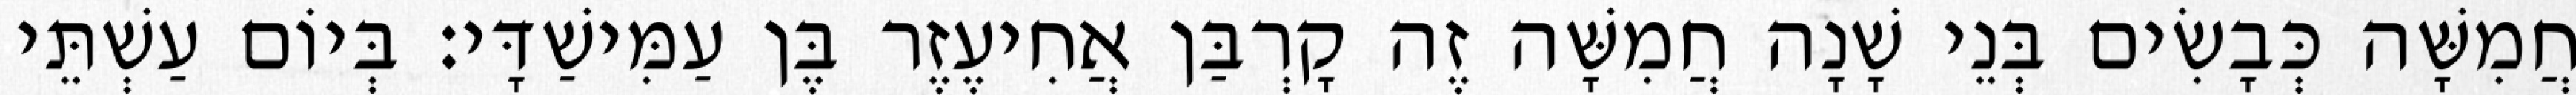
חֲמִשָּׁה כְּבָשִׂים בְּנֵי שָׁנָה חֲמִשָּׁה זֶה קָרְבַּן אֲחִיעֶזֶר בֶּן עַמִּישַׁדָּי׃ בְּיוֹם עַשְׁתֵּי